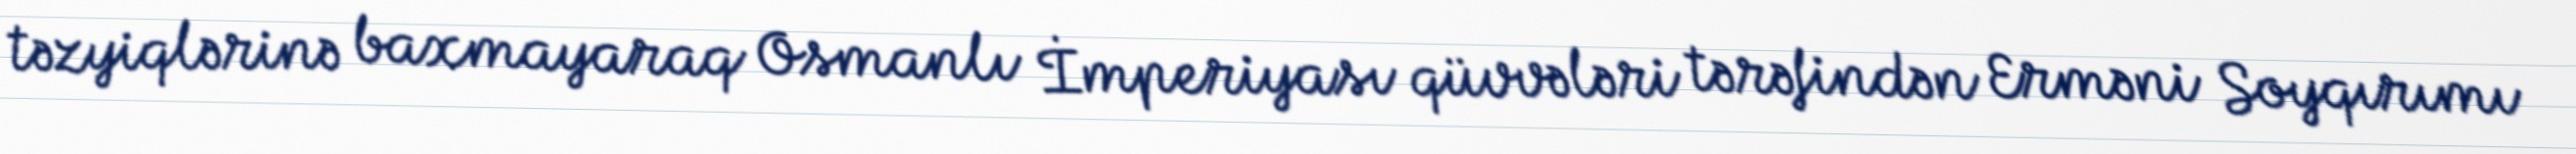
təzyiqlərinə baxmayaraq Osmanlı İmperiyası qüvvələri tərəfindən Erməni Soyqırımı